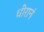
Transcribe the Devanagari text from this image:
धीरानं